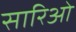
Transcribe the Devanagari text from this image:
सारिओ